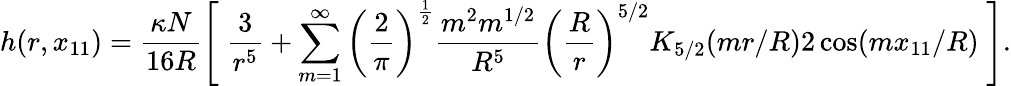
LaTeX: h(r,x_{11})=\frac{\kappa N}{16R}\left[\; \frac{3}{r^{5}}+\sum_{m=1}^{\infty}\left(\frac{2}{\pi}\right)^{\frac{1}{2}}\frac{m^{2}m^{1/2}}{R^{5}}\left(\frac{R}{r}\right)^{5/2}K_{5/2}(mr/R)2\cos(mx_{11}/R)\; \right].